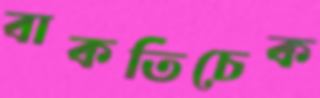
বাকতিচেক